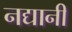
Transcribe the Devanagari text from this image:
नद्यानी